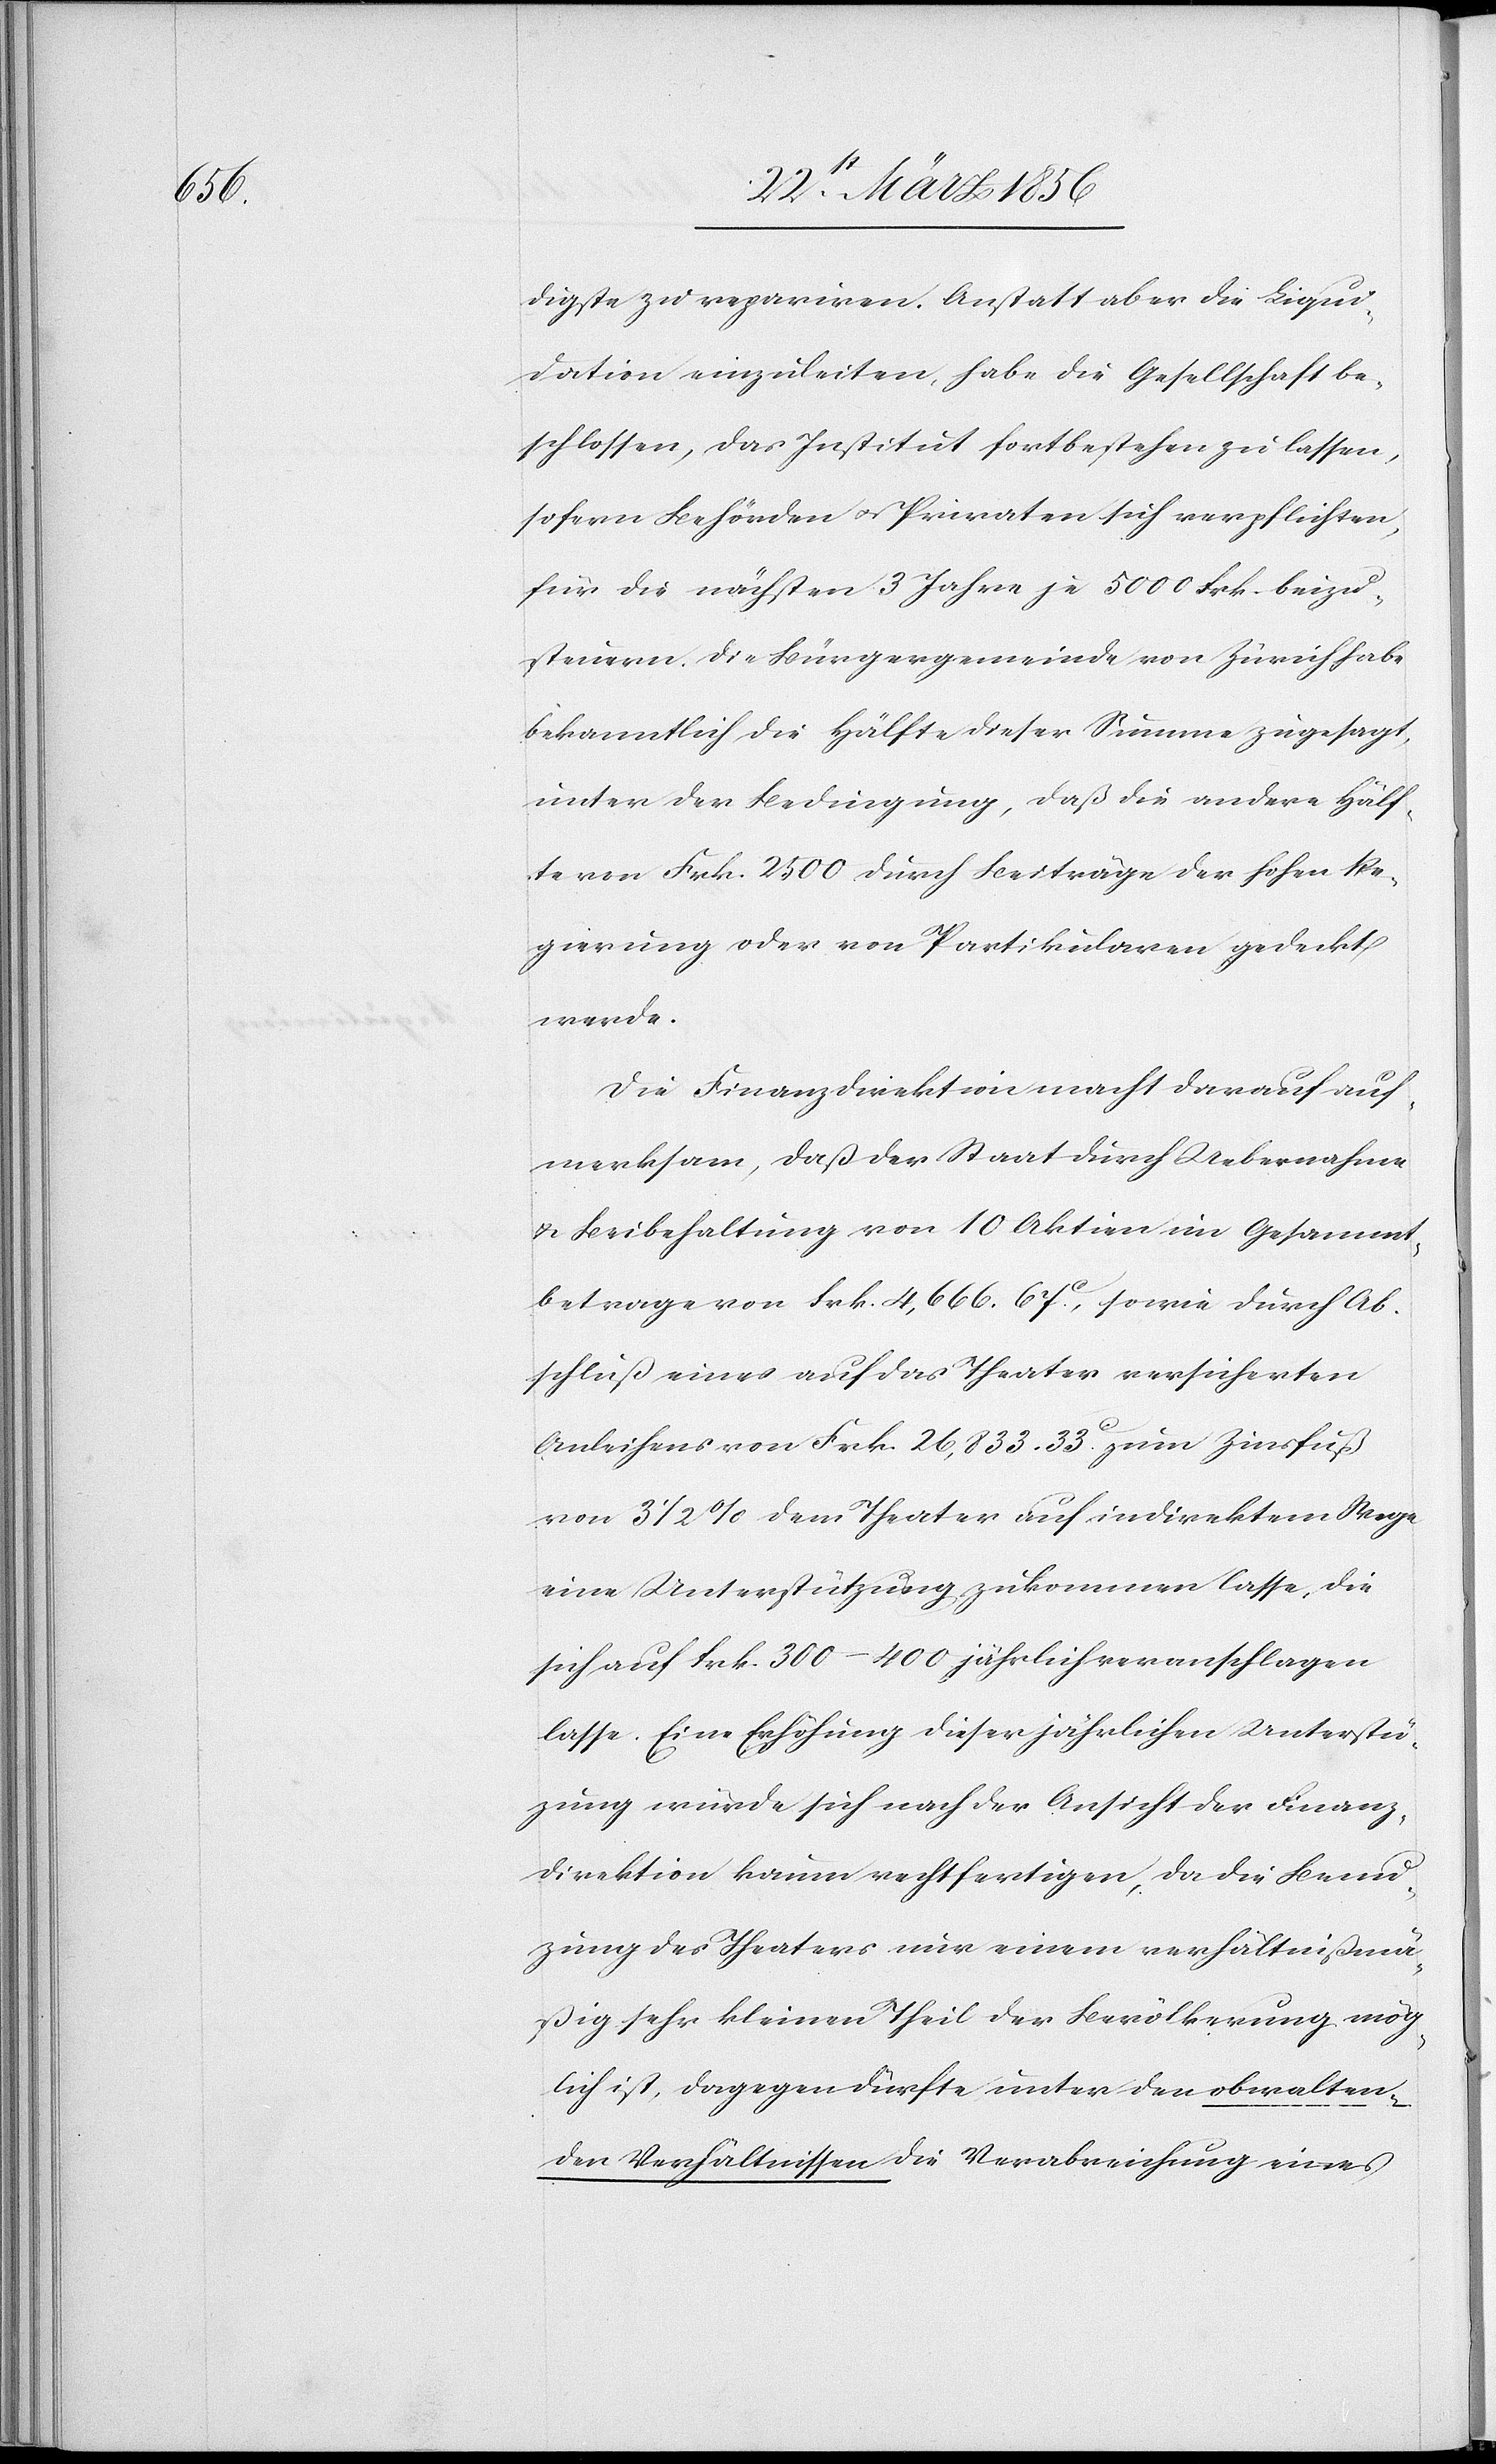
digste zu repariren. Anstatt aber die Liqui¬
dation einzuleiten, habe die Gesellschaft be¬
schlossen, das Institut fortbestehen zu lassen,
sofern Behörden u. Privaten sich verpflichten,
für die nächsten 3 Jahre je 5000 Frk. beizu¬
steuern. Die Bürgergemeinde von Zürich habe
bekanntlich die Hälfte dieser Summe zugesagt,
unter der Bedingung, daß die andere Hälf¬
te von Frk. 2500 durch Beiträge der hohen Re¬
gierung oder von Partikularen gedeckt
werde.
Die Finanzdirektion macht darauf auf¬
merksam, daß der Staat durch Uebernahme
u. Beibehaltung von 10 Aktien im Gesammt¬
betrage von Frk. 4,666. 67c., sowie durch Ab¬
schluß eines auf das Theater versicherten
nißmä¬
Anleihens von Frk. 26,833. 33c. zum Zinsfuß
von 3 ½ % dem Theater auf indirektem Wege
eine Unterstützung zukommen lasse, die
sich auf Frk. 300–400 jährlich veranschlagen
lasse. Eine Erhöhung dieser jährlichen Unterstüt¬
zung würde sich nach der Ansicht der Finanz¬
direktion kaum rechtfertigen, da die Benuzung
ßig sehr kleinen Theil der Bevölkerung mög¬
lich ist, dagegen dürfte unter den obwalten¬
den Verhältnissen die Verabreichung eines